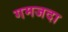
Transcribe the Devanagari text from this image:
गमजदा